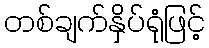
တစ်ချက်နှိပ်ရုံဖြင့်